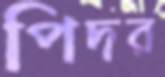
পিদর